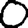
Digit: 0